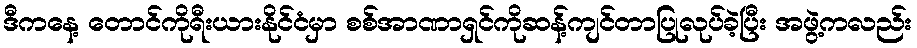
ဒီကနေ့ တောင်ကိုရီးယားနိုင်ငံမှာ စစ်အာဏာရှင်ကိုဆန့်ကျင်တာပြုလုပ်ခဲ့ပြီး အဖွဲ့ကလည်း